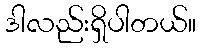
ဒါလည်းရှိပါတယ်။